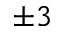
\pm 3